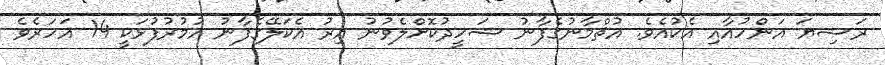
ރަޟިޔަ އަންހުއާއި އެކުއެވެ. އުޘްމާނުގެފާނު ޝަހީދުކޮށްލެވުނު އިރު އެކަލޭގެފާނު އުމުރުފުޅަކީ 14 އަހަރެވެ